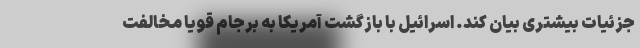
جزئیات بیشتری بیان کند. اسرائیل با بازگشت آمریکا به برجام قویا مخالفت